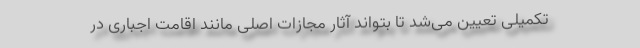
تکمیلی تعیین می‌شد تا بتواند آثار مجازات اصلی مانند اقامت اجباری در